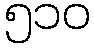
၅၁၀